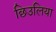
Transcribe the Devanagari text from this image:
छिउलिया